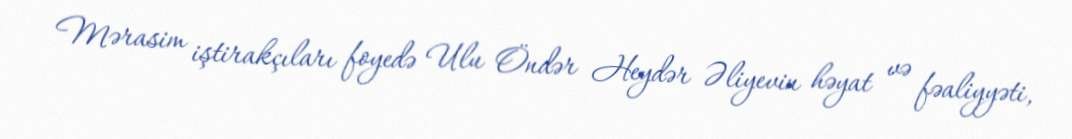
Mərasim iştirakçıları foyedə Ulu Öndər Heydər Əliyevin həyat və fəaliyyəti,